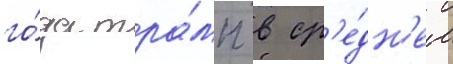
го́да тра́мп в ср'е́дн'ем